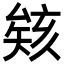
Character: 𪠠